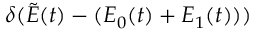
\delta ( \tilde { E } ( t ) - ( E _ { 0 } ( t ) + E _ { 1 } ( t ) ) )